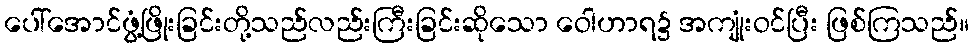
ပေါ်အောင်ဖွံ့ဖြိုးခြင်းတို့သည်လည်းကြီးခြင်းဆိုသော ဝေါဟာရ၌ အကျုံးဝင်ပြီး ဖြစ်ကြသည်။